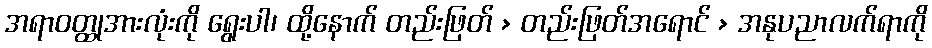
အရာဝတ္ထုအားလုံးကို ရွေးပါ၊ ထို့နောက် တည်းဖြတ် > တည်းဖြတ်အရောင် > အနုပညာလက်ရာကို